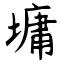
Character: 墉